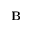
\textbf { B }